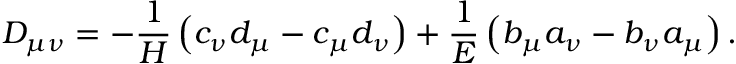
D _ { \mu \nu } = - \frac { 1 } { H } \left( c _ { \nu } d _ { \mu } - c _ { \mu } d _ { \nu } \right) + \frac { 1 } { E } \left( b _ { \mu } a _ { \nu } - b _ { \nu } a _ { \mu } \right) .